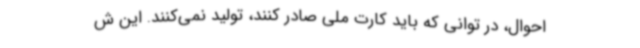
احوال، در توانی که باید کارت ملی صادر کنند، تولید نمی‌کنند. این ش